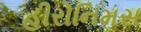
હીરોનિમસ